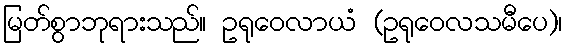
မြတ်စွာဘုရားသည်။ ဥရုဝေလာယံ (ဥရုဝေလသမီပေ)၊